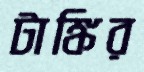
টাঙ্কির